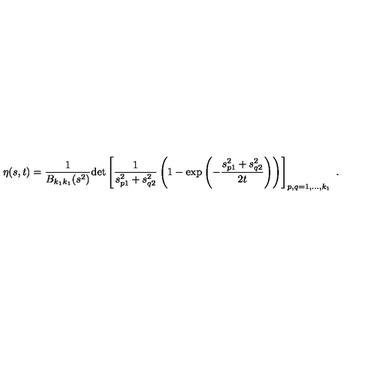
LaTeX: \eta ( s , t ) = \frac { 1 } { B _ { k _ { 1 } k _ { 1 } } ( s ^ { 2 } ) } \mathrm { d e t } \left[ \frac { 1 } { s _ { p 1 } ^ { 2 } + s _ { q 2 } ^ { 2 } } \left( 1 - \exp \left( - \frac { s _ { p 1 } ^ { 2 } + s _ { q 2 } ^ { 2 } } { 2 t } \right) \right) \right] _ { p , q = 1 , \ldots , k _ { 1 } } \ .